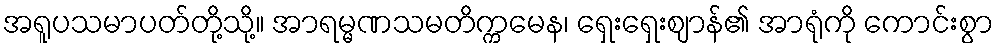
အရူပသမာပတ်တို့သို့။ အာရမ္မဏသမတိက္ကမေန၊ ရှေးရှေးဈာန်၏ အာရုံကို ကောင်းစွာ